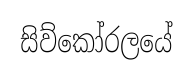
සිව්කෝරලයේ